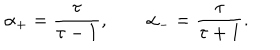
\alpha _ { + } = { \frac { \tau } { \tau - 1 } } , \qquad \alpha _ { - } = { \frac { \tau } { \tau + 1 } } .